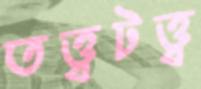
তত্ত্বটত্ত্ব